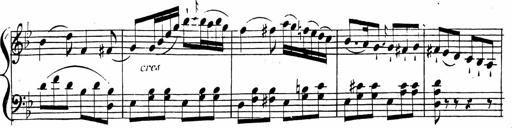
Title: 2 Piano Sonatinas
Composer: Ferdinand Ries